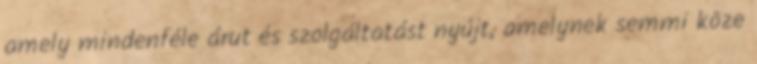
amely mindenféle árut és szolgáltatást nyújt, amelynek semmi köze